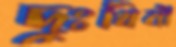
দুঃখিনী